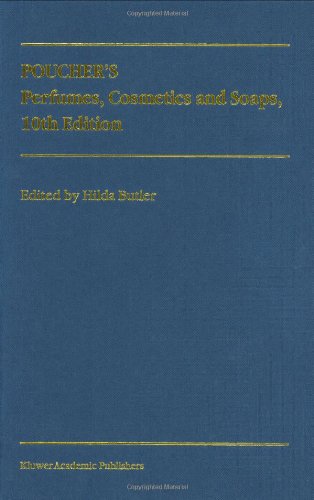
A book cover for Poucher's Perfumes, Cosmetics and Soaps; Science & Math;